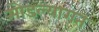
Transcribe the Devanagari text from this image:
मोडल्यागत